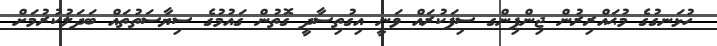
ހުޅަނގުގެ މުޙައްރިރުން ޖިންޕިންގ ސިފަކުރައް ވަނީ އިގުތިސާދީ ގޮތުން ގައުމުގެ ސިޔާސަތުތައް ބަދަލުކުރުމަށް